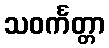
သဝင်္ကတ္တာ